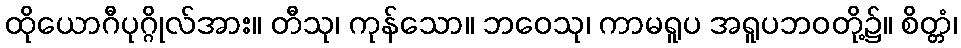
ထိုယောဂီပုဂ္ဂိုလ်အား။ တီသု၊ ကုန်သော။ ဘဝေသု၊ ကာမရူပ အရူပဘဝတို့၌။ စိတ္တံ၊